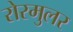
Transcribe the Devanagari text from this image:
रोरमुलर